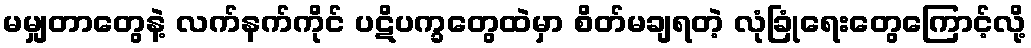
မမျှတာတွေနဲ့ လက်နက်ကိုင် ပဋိပက္ခတွေထဲမှာ စိတ်မချရတဲ့ လုံခြုံရေးတွေကြောင့်လို့